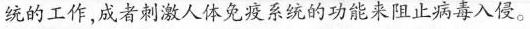
统的工作，成者刺激人体免疫系统的功能来阻止病毒入侵。